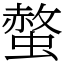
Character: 螫